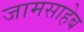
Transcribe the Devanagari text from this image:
जामसाहेब